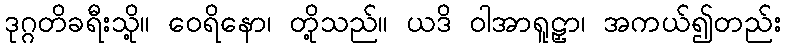
ဒုဂ္ဂတိခရီးသို့။ ဝေရိနော၊ တို့သည်။ ယဒိ ဝါအာရူဠှာ၊ အကယ်၍တည်း